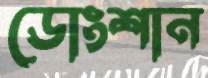
ডোংশান